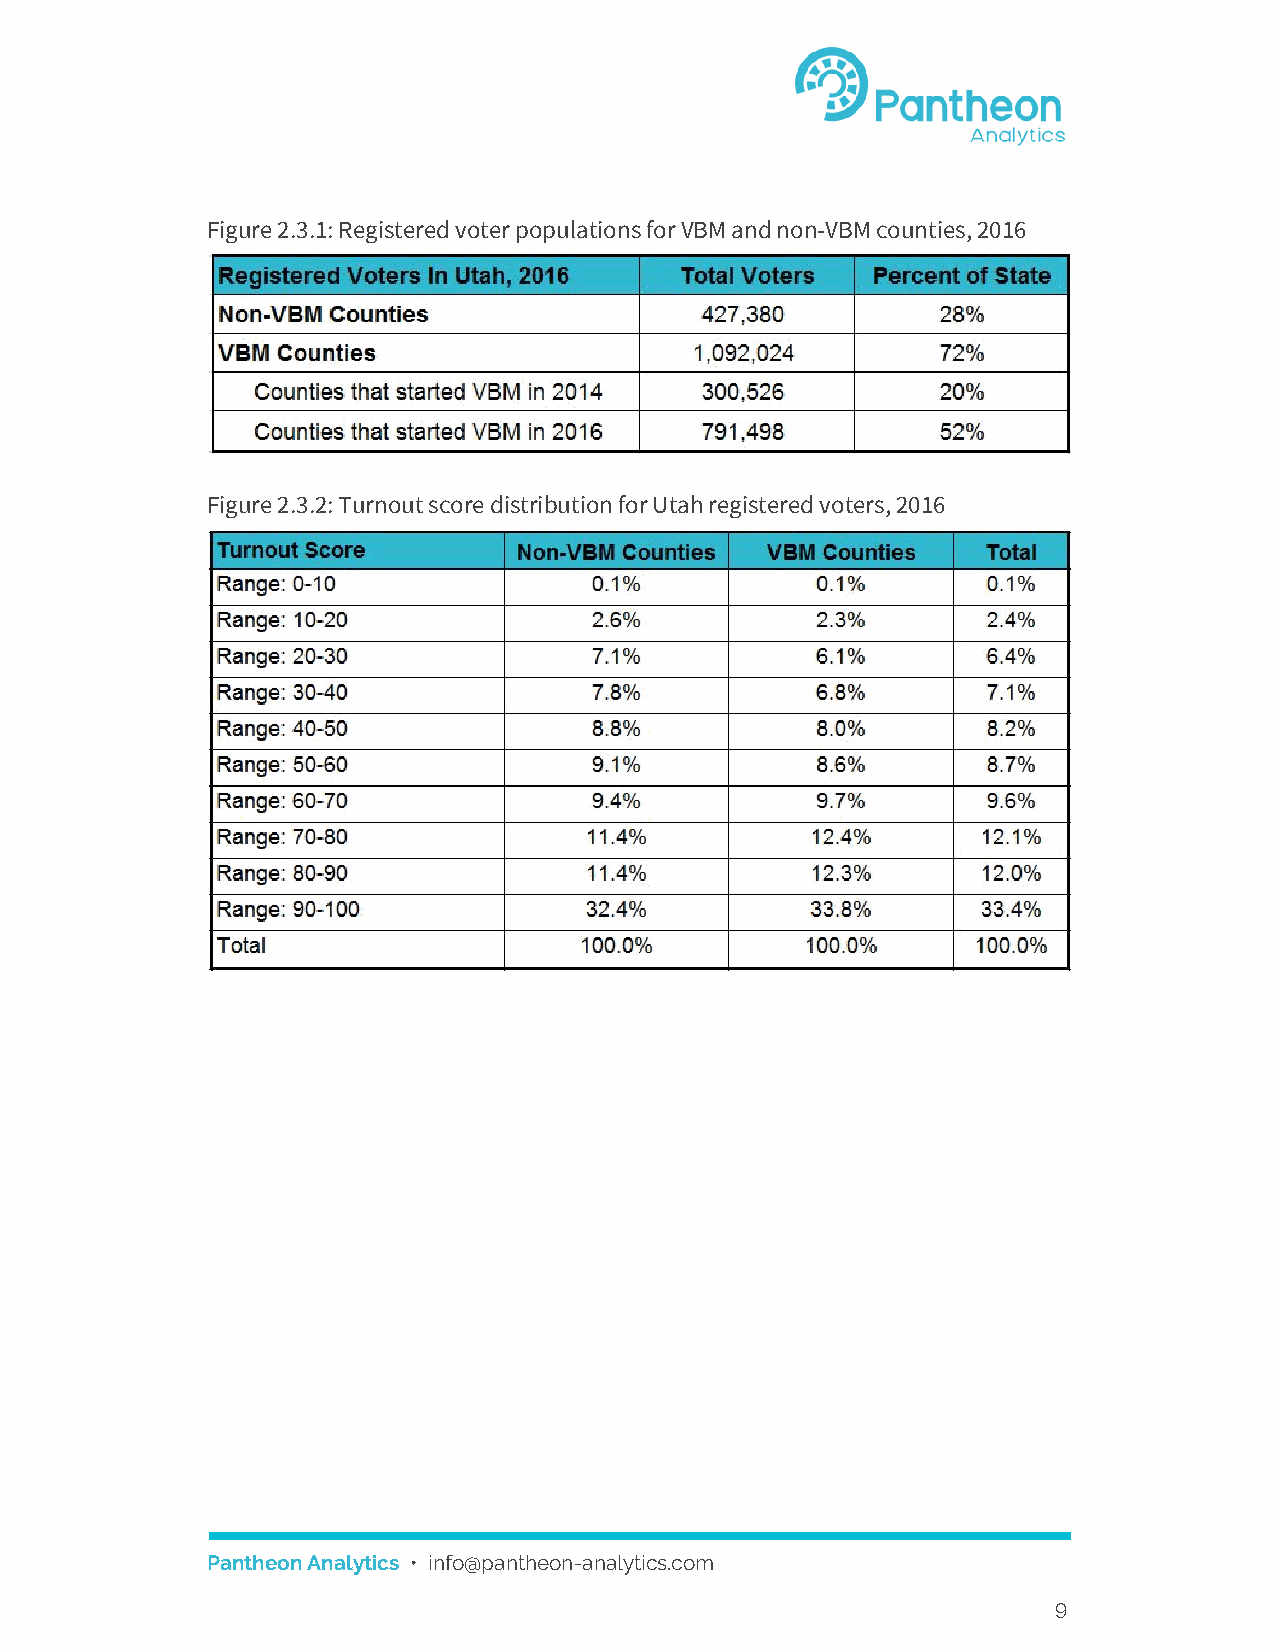
Figure 2.3.1: Registered voter populations for VBM and non-VBM counties, 2016
 Figure 2.3.2: Turnout score distribution for Utah registered voters, 2016
 Pantheon Analytics • info@pantheon-analytics.com
 ​
 9